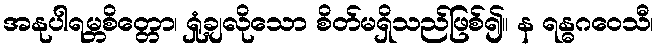
အနုပါရမ္ဘစိတ္တော၊ ရှုံ့ချလိုသော စိတ်မရှိသည်ဖြစ်၍။ န ရန္ဓဂဝေသီ၊